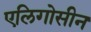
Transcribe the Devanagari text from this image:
एलिगोसीन